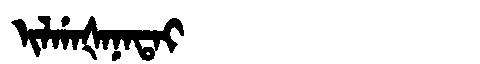
Manchu: ᡳᠯᡤᠠᡧᠠᠨᠠᡨᠠᡳ
Romanization: ILGAŠANATAI